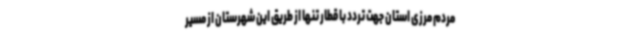
مردم مرزی استان جهت تردد با قطار تنها از طریق این شهرستان از مسیر